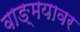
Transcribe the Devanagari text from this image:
वाङ्‍मयावर